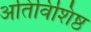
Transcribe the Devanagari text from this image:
अतिविशिष्ठ